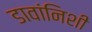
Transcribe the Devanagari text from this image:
डावांनिशी